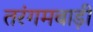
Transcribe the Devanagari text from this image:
तरंगमबाड़ी